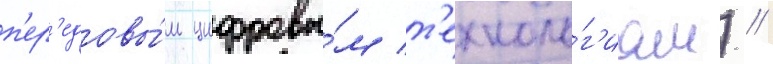
п'ер'едовы́м цифровы́м т'ехноло́г'иам) //